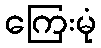
ကြေးမုံ